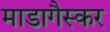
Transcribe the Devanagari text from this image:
माडागैस्कर